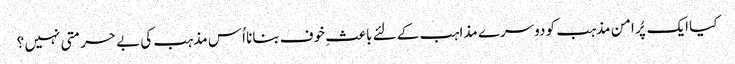
کیا ایک پُر امن مذہب کو دوسرے مذاہب کے لئے باعثِ خوف بنانا اُس مذہب کی بے حرمتی نہیں ؟